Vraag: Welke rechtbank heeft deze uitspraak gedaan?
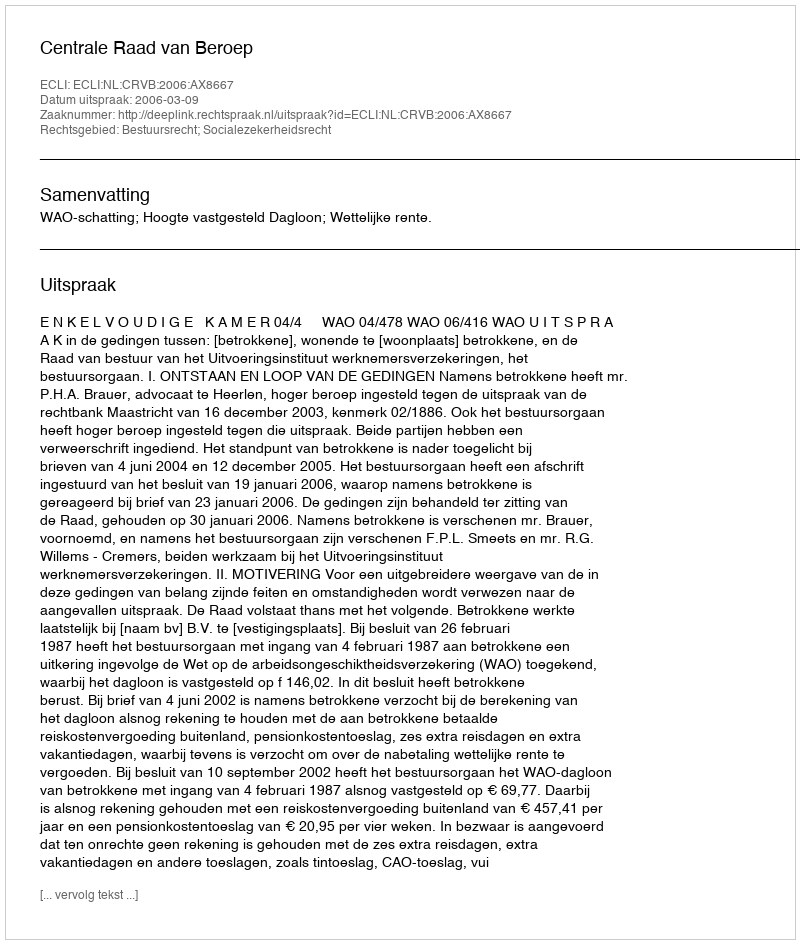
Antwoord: Centrale Raad van Beroep